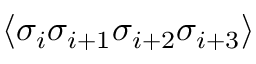
\langle \sigma _ { i } \sigma _ { i + 1 } \sigma _ { i + 2 } \sigma _ { i + 3 } \rangle